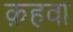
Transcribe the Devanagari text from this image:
क़हवा